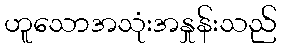
ဟူသောအသုံးအနှုန်းသည်